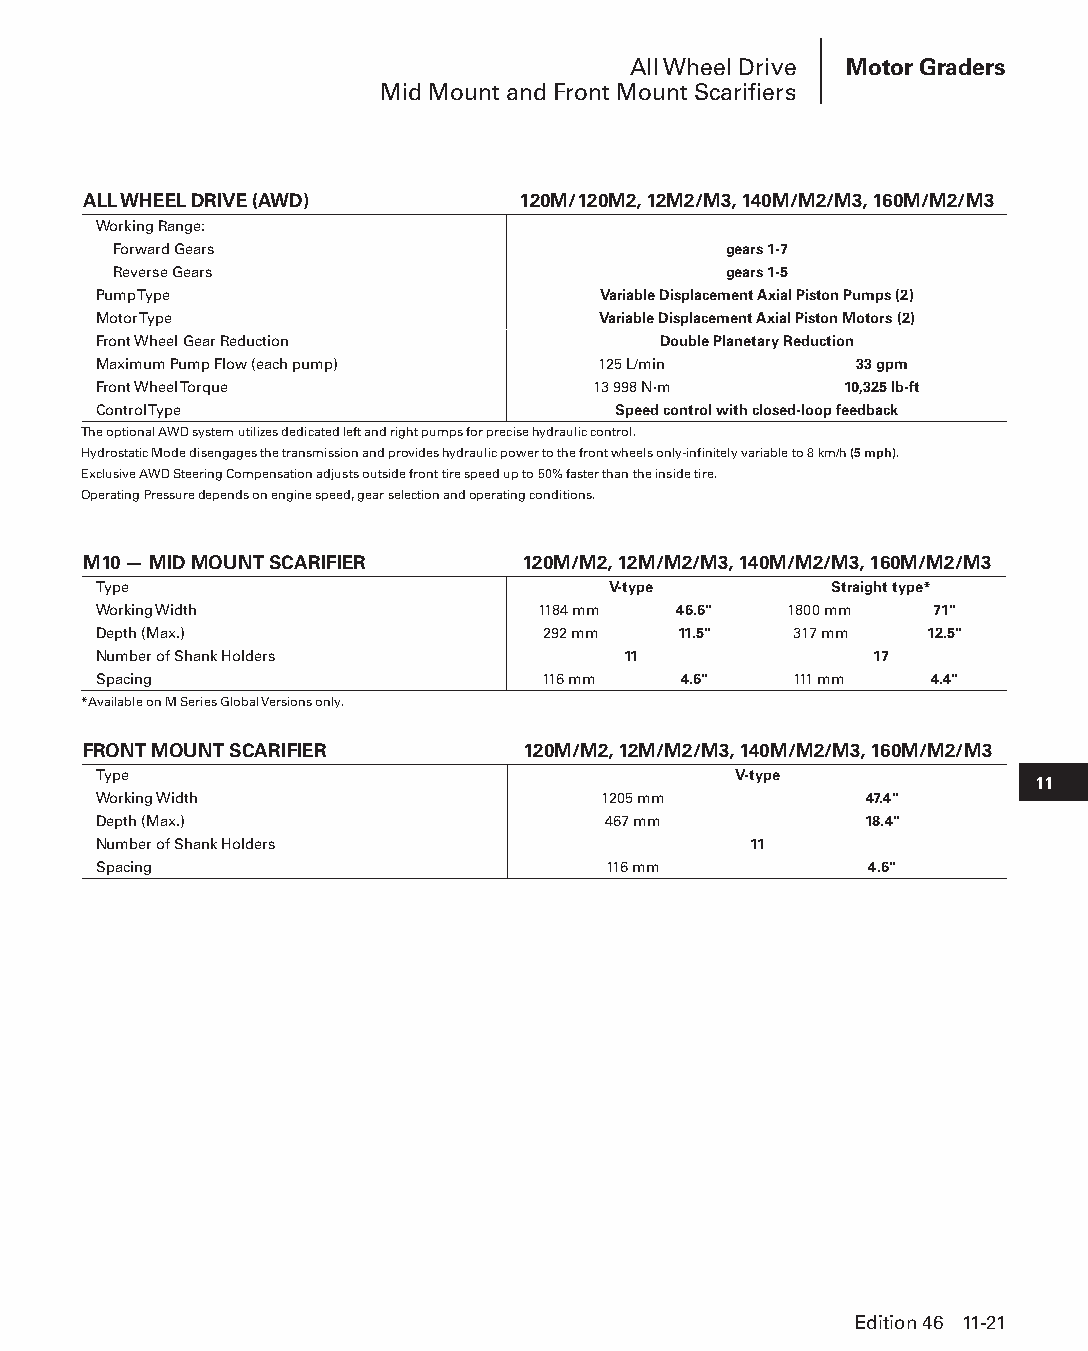
All Wheel Drive Motor Graders
 Mid Mount and Front Mount Scarifiers
 ALL WHEEL DRIVE (AWD)        120M/120M2, 12M2/M3, 140M/M2/M3, 160M/M2/M3
 Working Range:
 Forward Gears                           gears 1-7
 Reverse Gears                           gears 1-5
 Pump Type                        Variable Displacement Axial Piston Pumps (2)
 Motor Type                       Variable Displacement Axial Piston Motors (2)
 Front Wheel Gear Reduction           Double Planetary Reduction
 Maximum Pump Flow (each pump)    125 L/min        33 gpm
 Front Wheel Torque               13 998 N·m      10,325 lb-ft
 Control Type                      Speed control with closed-loop feedback
 The optional AWD system utilizes dedicated left and right pumps for precise hydraulic control.
 Hydrostatic Mode disengages the transmission and provides hydraulic power to the front wheels only-infinitely variable to 8 km/h (5 mph).
 Exclusive AWD Steering Compensation adjusts outside front tire speed up to 50% faster than the inside tire.
 Operating Pressure depends on engine speed, gear selection and operating conditions.
 M10 — MID MOUNT SCARIFIER    120M/M2, 12M/M2/M3, 140M/M2/M3, 160M/M2/M3
 Type                              V-type        Straight type*
 Working Width                1184 mm  46.6"  1800 mm   71"
 Depth (Max.)                 292 mm   11.5"   317 mm   12.5"
 Number of Shank Holders            11              17
 Spacing                      116 mm   4.6"    111 mm   4.4"
 *Available on M Series Global Versions only.
 FRONT MOUNT SCARIFIER        120M/M2, 12M/M2/M3, 140M/M2/M3, 160M/M2/M3
 Type                                      V-type
 11
 Working Width                    1205 mm           47.4"
 Depth (Max.)                     467 mm            18.4"
 Number of Shank Holders                    11
 Spacing                          116 mm            4.6"
 Edition 46 11-21
 PPHHBB--SSeecc1111--1166..iinndddd 2211                        1122//44//1155 1100::4466 AAMM